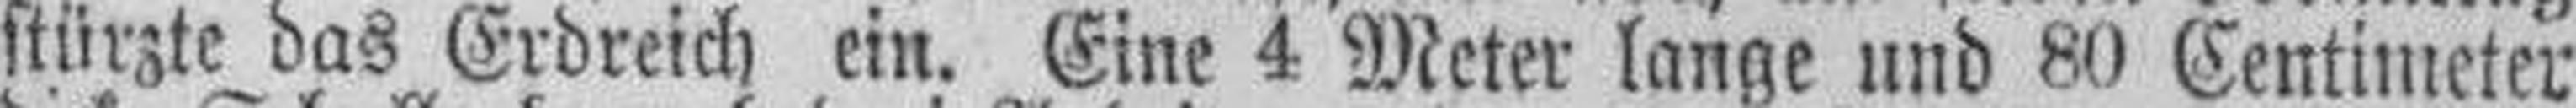
stürzte das Erdreich ein. Eine 4 Meter lange und 80 Centimeter